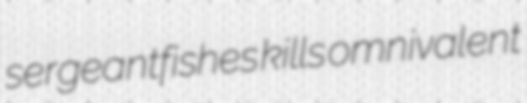
sergeantfishes kills omnivalent